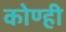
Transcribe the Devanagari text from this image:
कोण्ही